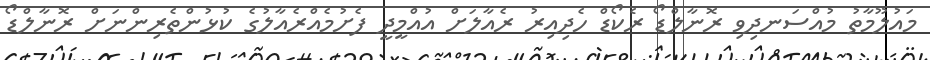
މައުލޫމާތު މުއްސަނދިވި ރޮނާލްޑޯ ރެކޯޑް ހެދިއިރު ރެއާލަށް އުއްމީދީ ފެށުމެއްރެއާލުގެ ކުޅުންތެރިންނަށް ރޮނާލްޑޯ